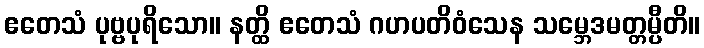
ဧတေသံ ပုဗ္ဗပုရိသော။ နတ္ထိ ဧတေသံ ဂဟပတိဝံသေန သမ္ဘေဒမတ္တမ္ပီတိ။